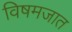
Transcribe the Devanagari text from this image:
विषमजात